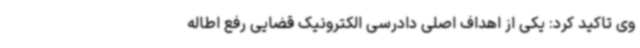
وی تاکید کرد: یکی از اهداف اصلی دادرسی الکترونیک قضایی رفع اطاله